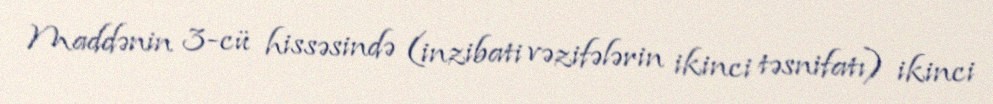
Maddənin 3-cü hissəsində (inzibati vəzifələrin ikinci təsnifatı) ikinci